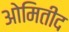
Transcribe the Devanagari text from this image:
ओमितीद